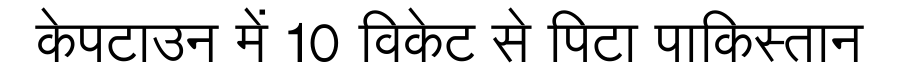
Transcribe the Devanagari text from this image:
केपटाउन में 10 विकेट से पिटा पाकिस्तान